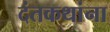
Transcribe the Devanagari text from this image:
दंतकथांना